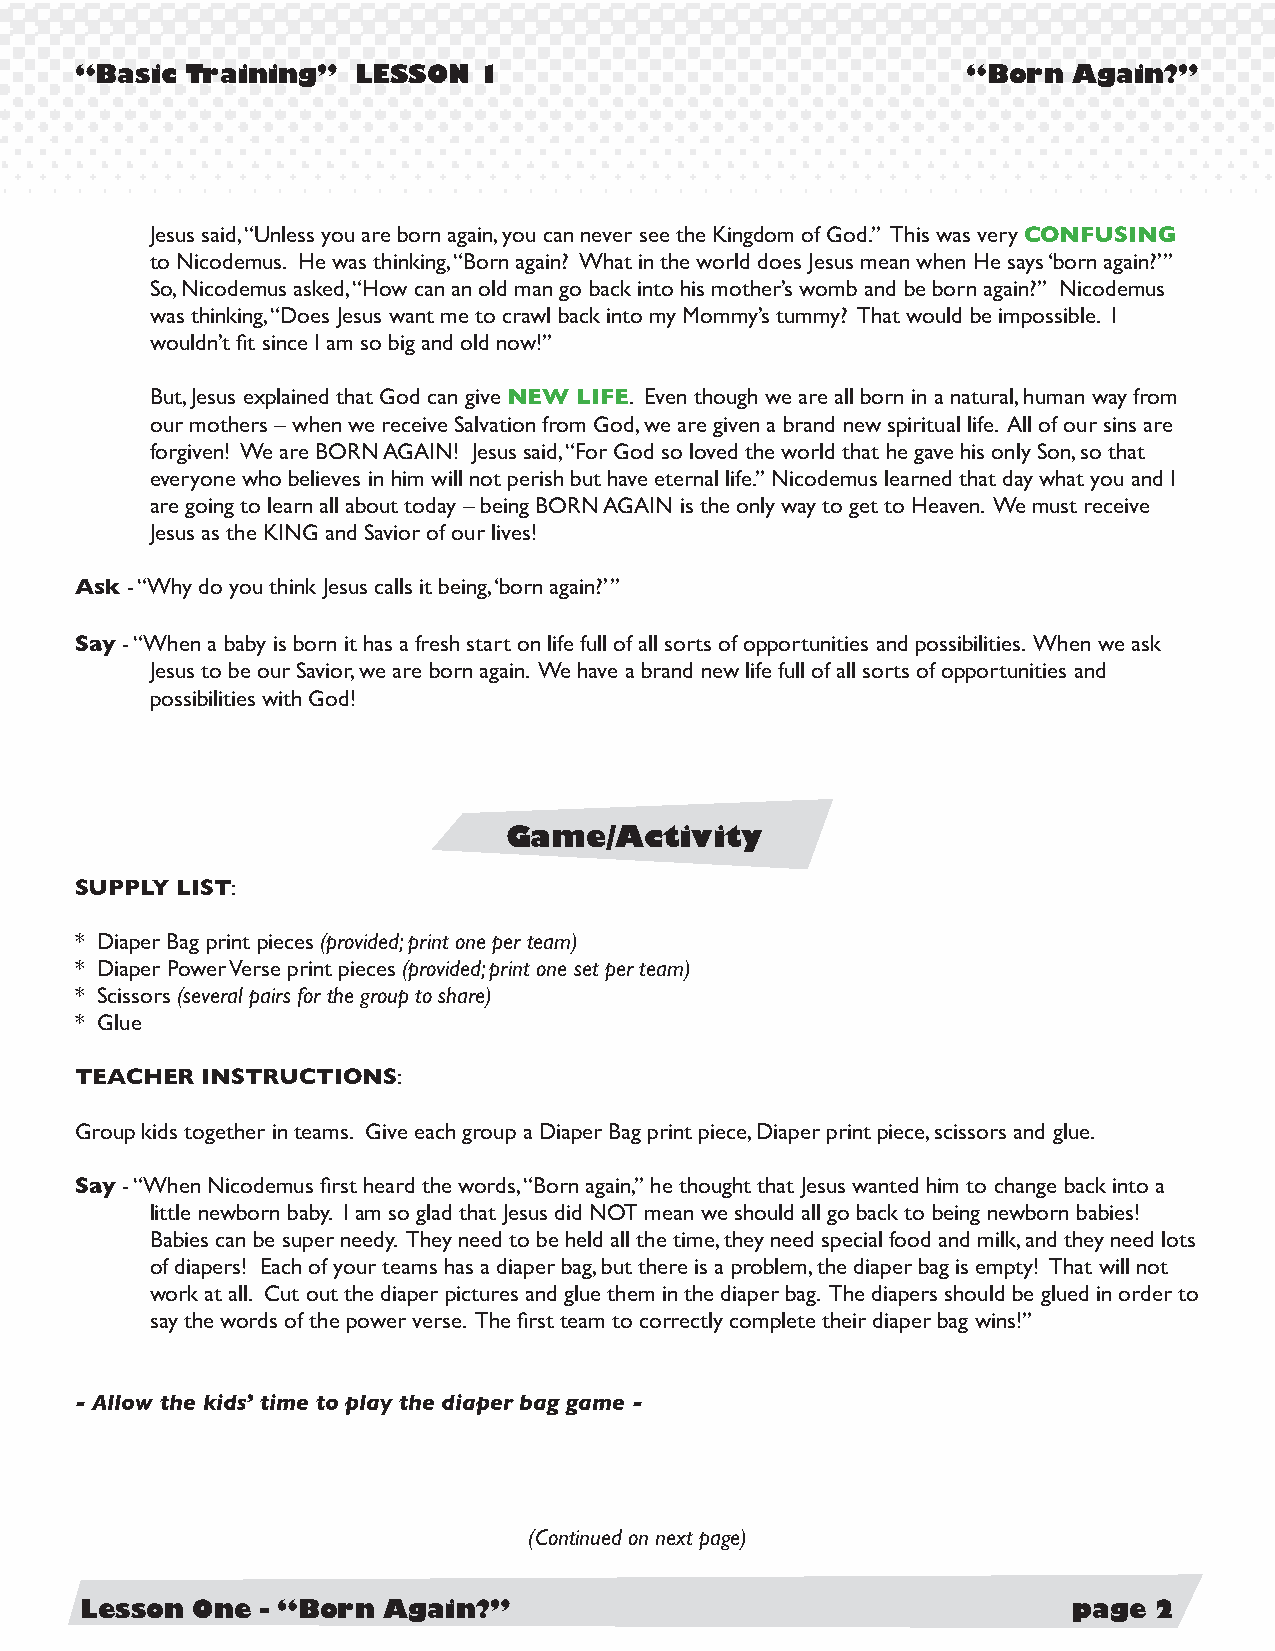
“Basic Training”  LESSON   1                               “Born  Again?”
 Jesus said, “Unless you are born again, you can never see the Kingdom of God.” This was very CONFUSING
 to Nicodemus. He was thinking, “Born again? What in the world does Jesus mean when He says ‘born again?’”
 So, Nicodemus asked, “How can an old man go back into his mother’s womb and be born again?” Nicodemus
 was thinking, “Does Jesus want me to crawl back into my Mommy’s tummy? That would be impossible. I
 wouldn’t fit since I am so big and old now!”
 But, Jesus explained that God can give NEW LIFE. Even though we are all born in a natural, human way from
 our mothers – when we receive Salvation from God, we are given a brand new spiritual life. All of our sins are
 forgiven! We are BORN AGAIN! Jesus said, “For God so loved the world that he gave his only Son, so that
 everyone who believes in him will not perish but have eternal life.” Nicodemus learned that day what you and I
 are going to learn all about today – being BORN AGAIN is the only way to get to Heaven. We must receive
 Jesus as the KING and Savior of our lives!
 Ask - “Why do you think Jesus calls it being, ‘born again?’”
 Say - “When a baby is born it has a fresh start on life full of all sorts of opportunities and possibilities. When we ask
 Jesus to be our Savior, we are born again. We have a brand new life full of all sorts of opportunities and
 possibilities with God!
 Game/Activity
 SUPPLY LIST:
 * Diaper Bag print pieces (provided; print one per team)
 * Diaper Power Verse print pieces (provided; print one set per team)
 * Scissors (several pairs for the group to share)
 * Glue
 TEACHER INSTRUCTIONS:
 Group kids together in teams. Give each group a Diaper Bag print piece, Diaper print piece, scissors and glue.
 Say - “When Nicodemus first heard the words, “Born again,” he thought that Jesus wanted him to change back into a
 little newborn baby. I am so glad that Jesus did NOT mean we should all go back to being newborn babies!
 Babies can be super needy. They need to be held all the time, they need special food and milk, and they need lots
 of diapers! Each of your teams has a diaper bag, but there is a problem, the diaper bag is empty! That will not
 work at all. Cut out the diaper pictures and glue them in the diaper bag. The diapers should be glued in order to
 say the words of the power verse. The first team to correctly complete their diaper bag wins!”
 - Allow the kids’ time to play the diaper bag game -
 (Continued on next page)
 Lesson  One - “Born Again?”                                       page 2